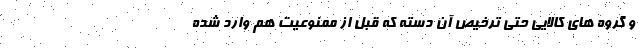
و گروه های کالایی حتی ترخیص آن دسته که قبل از ممنوعیت هم وارد شده